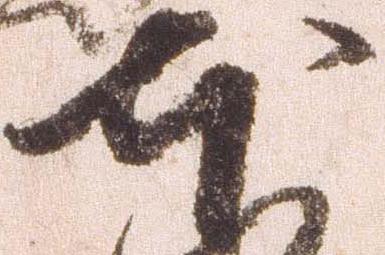
本